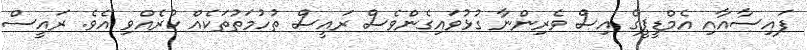
ފައިސާއާއި އެމްޑީޕީގެ އިސް ވެރިންނާ ގުޅުވައިގެންވެސް ރައީސް ތުހުމަތުތަކެއް ކުރެއްވި އެވެ. ރައީސް